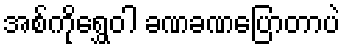
အစ်ကိုရွှေဝါ ခဏခဏပြောတာပဲ